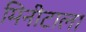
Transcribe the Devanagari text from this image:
मिनीटाला